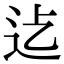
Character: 𮞂